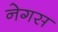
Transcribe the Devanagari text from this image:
नेगस